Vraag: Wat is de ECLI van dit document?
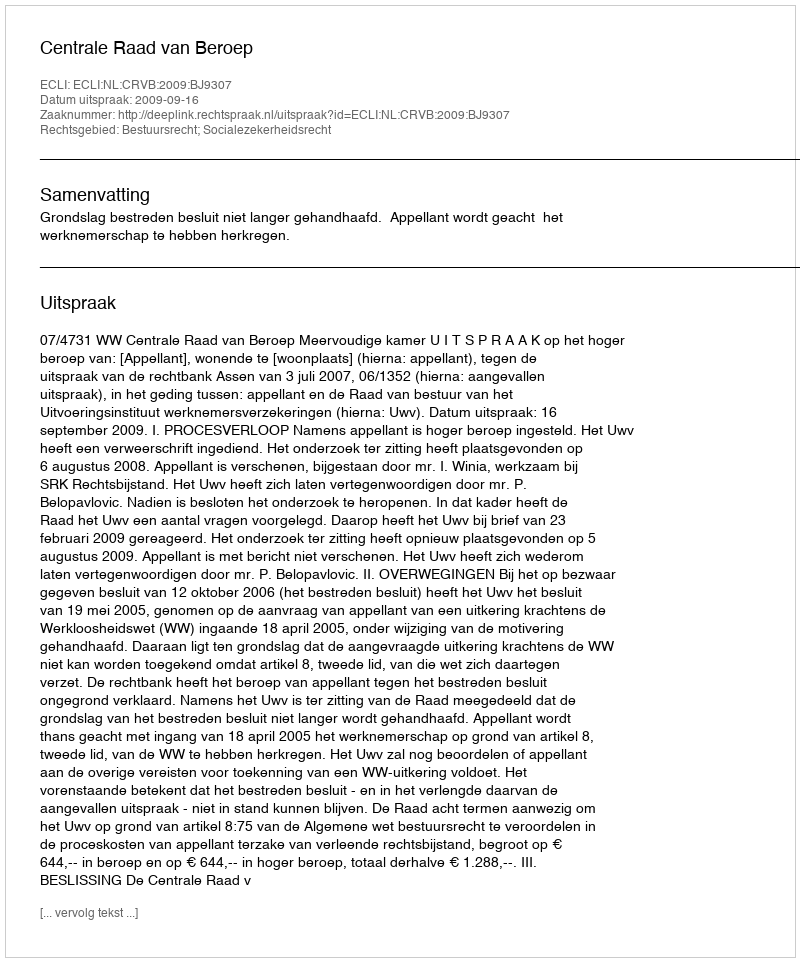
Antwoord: ECLI:NL:CRVB:2009:BJ9307